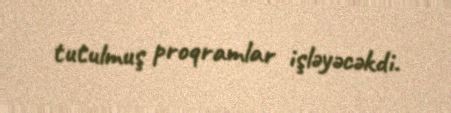
tutulmuş proqramlar işləyəcəkdi.